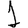
Digit: 1